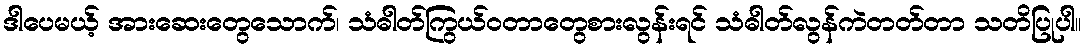
ဒါပေမယ့် အားဆေးတွေသောက်၊ သံဓါတ်ကြွယ်ဝတာတွေစားလွန်းရင် သံဓါတ်လွန်ကဲတတ်တာ သတိပြုပါ။